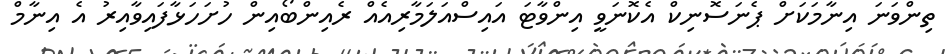
ތިންވަނަ އިނާމަކަށް ޕެނަސޮނިކް އެކޮނަވީ އިންވާޓަ އައިސްއަލަމާރިއެއް ރެއިންބޯއިން ހުށަހަޅާފައިވާއިރު އެ އިނާމް